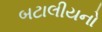
બટાલીયનો